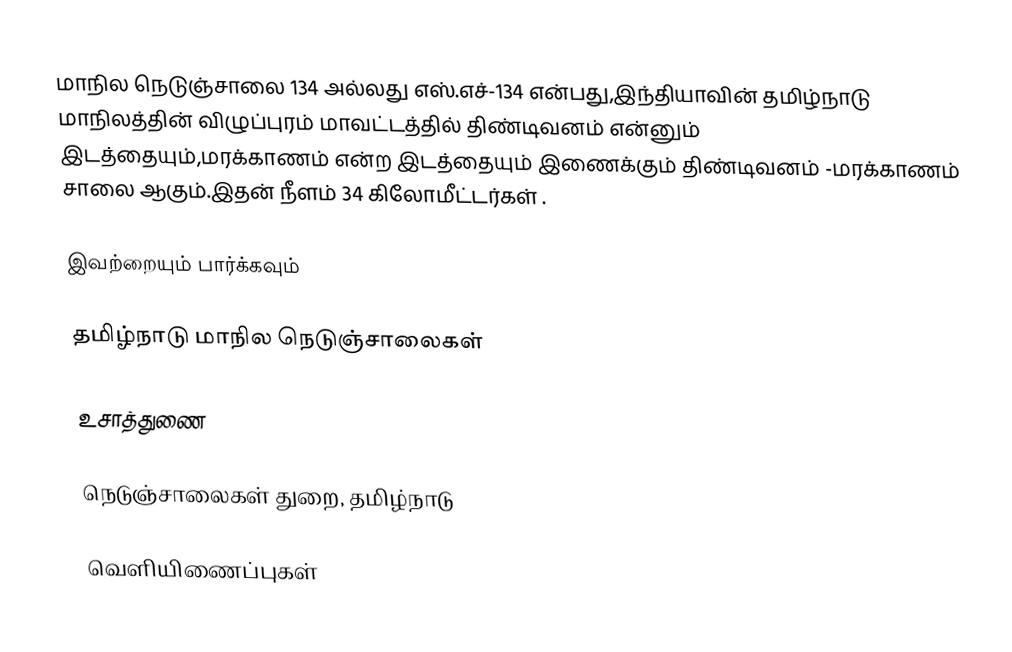
மாநில நெடுஞ்சாலை 134 அல்லது எஸ்.எச்-134  என்பது,இந்தியாவின் தமிழ்நாடு மாநிலத்தின்  விழுப்புரம் மாவட்டத்தில்  திண்டிவனம்  என்னும் இடத்தையும்,மரக்காணம்  என்ற இடத்தையும் இணைக்கும் திண்டிவனம் -மரக்காணம் சாலை ஆகும்.இதன் நீளம் 34  கிலோமீட்டர்கள் .

இவற்றையும் பார்க்கவும்

 தமிழ்நாடு மாநில நெடுஞ்சாலைகள்

உசாத்துணை

 நெடுஞ்சாலைகள் துறை, தமிழ்நாடு

வெளியிணைப்புகள்